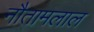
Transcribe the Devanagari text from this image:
नौतामलाल